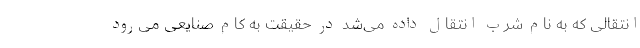
انتقالی که به نام شرب انتقال داده می‌شد در حقیقت به کام صنایعی می‌رود